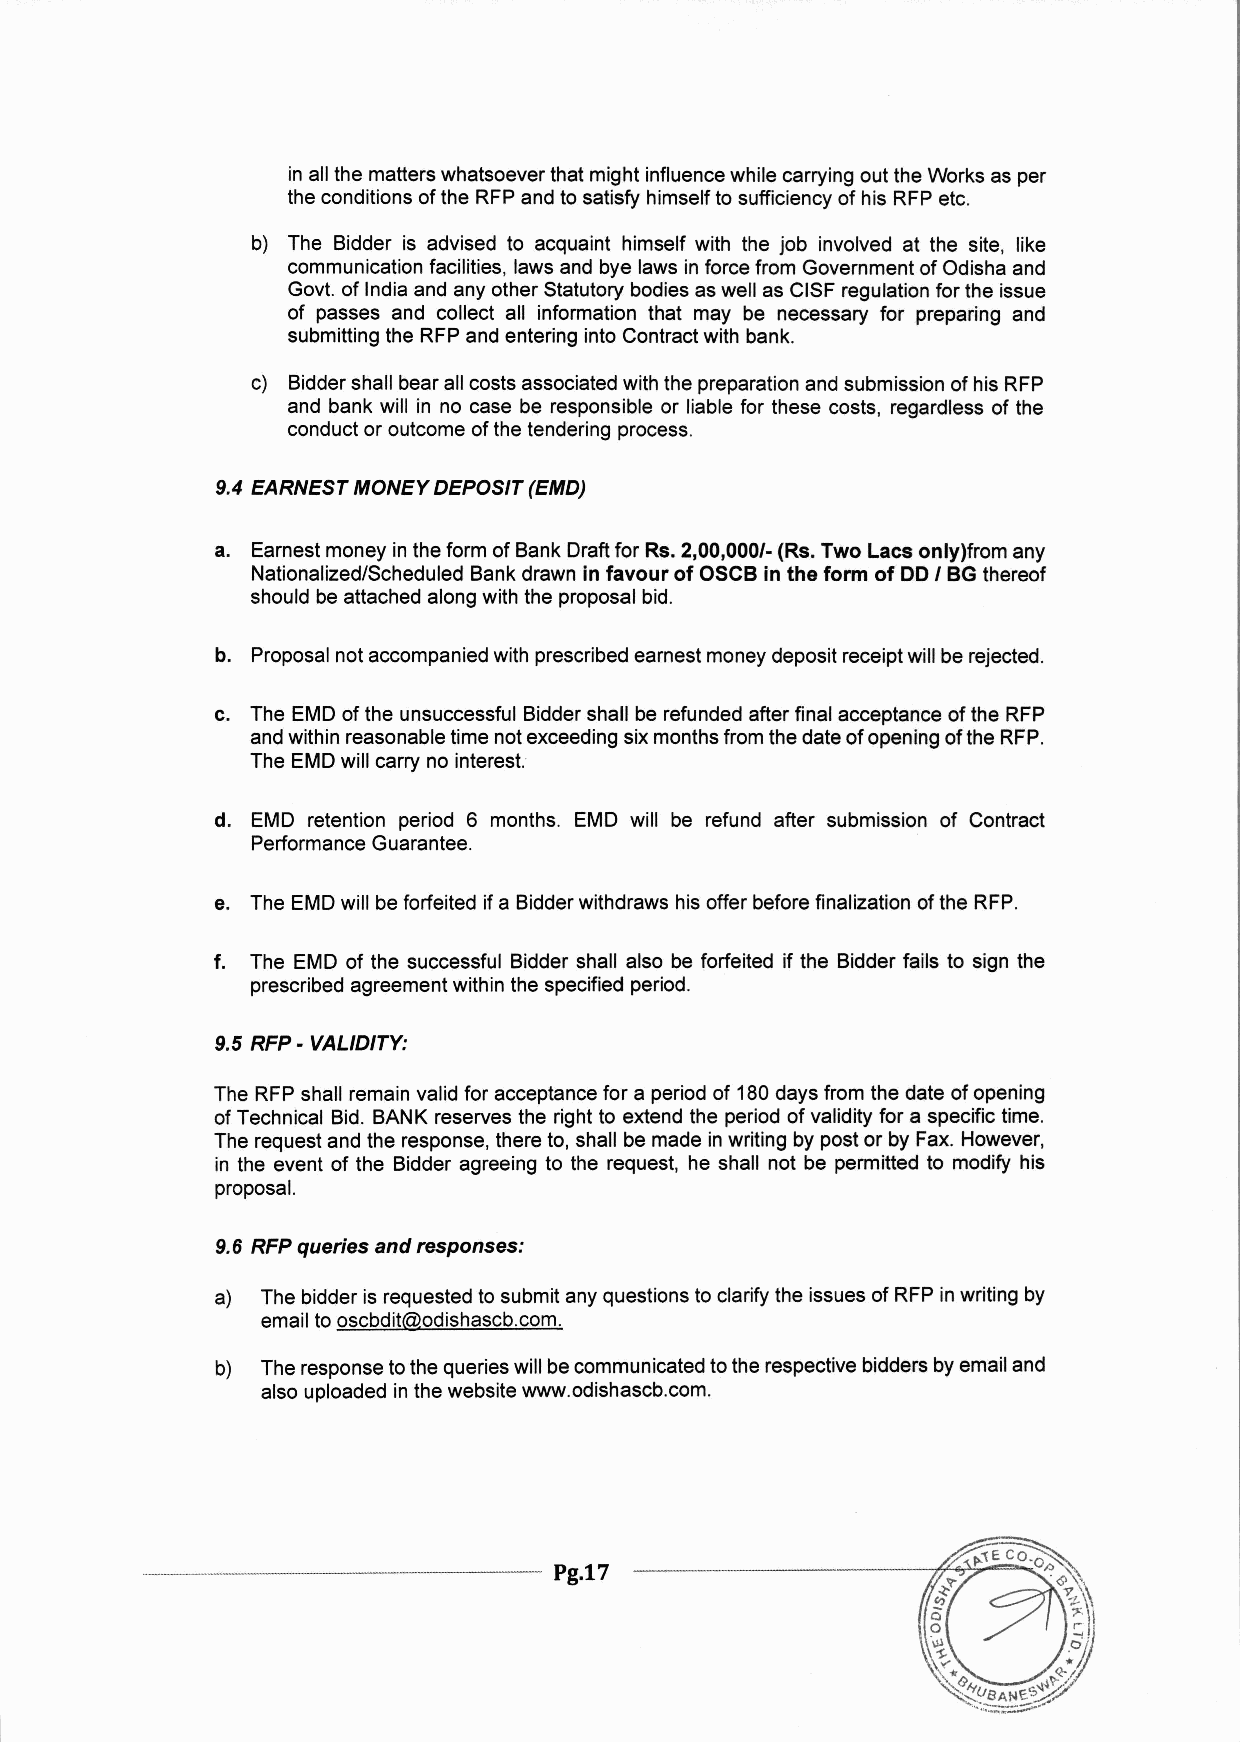
inallthematterswhatsoeverthatmightinfluencewhilecarryingouttheWorksasper
 theconditionsoftheRFPandtosatisfyhimselftosufficiencyofhisRFPetc.
 b) The Bidder is advised to acquaint himself with the job involved at the site, like
 communicationfacilities,lawsandbyelawsinforcefromGovernmentofOdishaand
 Govt.ofIndiaandanyotherStatutorybodiesaswellasCISFregulationfortheissue
 of passes and collect all information that may be necessary for preparing and
 submittingtheRFPandenteringintoContractwithbank.
 c) BiddershallbearallcostsassociatedwiththepreparationandsubmissionofhisRFP
 andbankwill in no case be responsibleor liablefor these costs, regardlessof the
 conductoroutcomeofthetenderingprocess.
 9.4 EARNESTMONEYDEPOSIT(EMD)
 a. EarnestmoneyintheformofBankDraftforRs.2,00,000/- (Rs.Two Lacs only)from any
 Nationalized/ScheduledBankdrawnin favour of OSCBin the form of DOI BGthereof
 shouldbeattachedalongwiththeproposalbid.
 b. Proposalnotaccompaniedwithprescribedearnestmoneydepositreceiptwillberejected.
 c. TheEMDoftheunsuccessfulBiddershallberefundedafterfinalacceptanceoftheRFP
 andwithinreasonabletimenotexceedingsixmonthsfromthedateofopeningoftheRFP.
 TheEMDwillcarrynointerest.
 d. EMD retention period 6 months. EMD will be refund after submission of Contract
 PerformanceGuarantee.
 e. TheEMDwillbeforfeitedifaBidderwithdrawshisofferbeforefinalizationoftheRFP.
 f. The EMDof the successful Biddershallalso beforfeited if the Bidderfails to sign the
 prescribedagreementwithinthespecifiedperiod.
 9.5 RFP- VALIDITY:
 TheRFPshallremainvalidforacceptanceforaperiodof 180daysfromthedateofopening
 ofTechnicalBid.BANKreservesthe rightto extendtheperiodofvalidityforaspecifictime.
 Therequestandtheresponse,thereto,shallbemadeinwritingbypostorbyFax.However,
 inthe eventof the Bidderagreeingto the request,he shall not be permittedto modifyhis
 proposal.
 9.6 RFPqueries and responses:
 a) ThebidderisrequestedtosubmitanyquestionstoclarifytheissuesofRFPinwritingby
 emailtooscbdit@odishascb.com.
 b) Theresponsetothequerieswillbecommunicatedtotherespectivebiddersbyemailand
 alsouploadedinthewebsitewww.odishascb.com.
 --------------------------------------- Pg.17 -----------